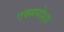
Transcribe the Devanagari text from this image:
एक्सपोशर